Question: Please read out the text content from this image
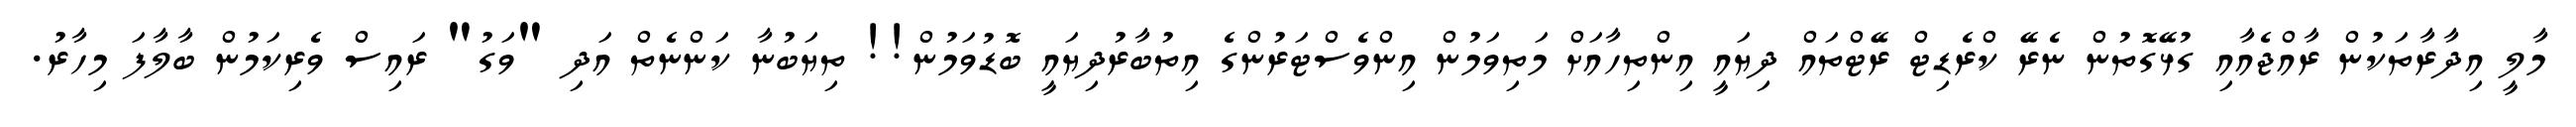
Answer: މާލީ އިދާރާތަކުން ރާއްޖެއާއި ގުޅޭގޮތުން ނެރޭ ކްރެޑިޓް ރޭޓްތައް ދިޔައީ އިންތިހާއަށް މަތިވަމުން އިންވެސްޓަރުންގެ އިތުބާރުދިޔައީ ބޮޑުވަމުން!! ތިޔަބުނާ ކަންނެތް އަދި "ވަގު" ރައިސް ވެރިކަމުން ބާލާފަ މިހާރު.